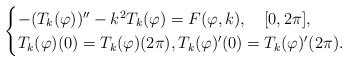
LaTeX: \begin{align*}\begin{cases}-(T_k(\varphi))''-k^2T_k(\varphi)=F(\varphi,k) ,\quad[0,2\pi],\\T_k(\varphi)(0)=T_k(\varphi)(2\pi),T_k(\varphi)'(0)=T_k(\varphi)'(2\pi).\end{cases}\end{align*}